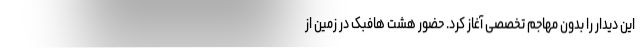
این دیدار را بدون مهاجم تخصصی آغاز کرد. حضور هشت هافبک در زمین از